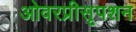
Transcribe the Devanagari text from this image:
ओवरप्रीसृपशन